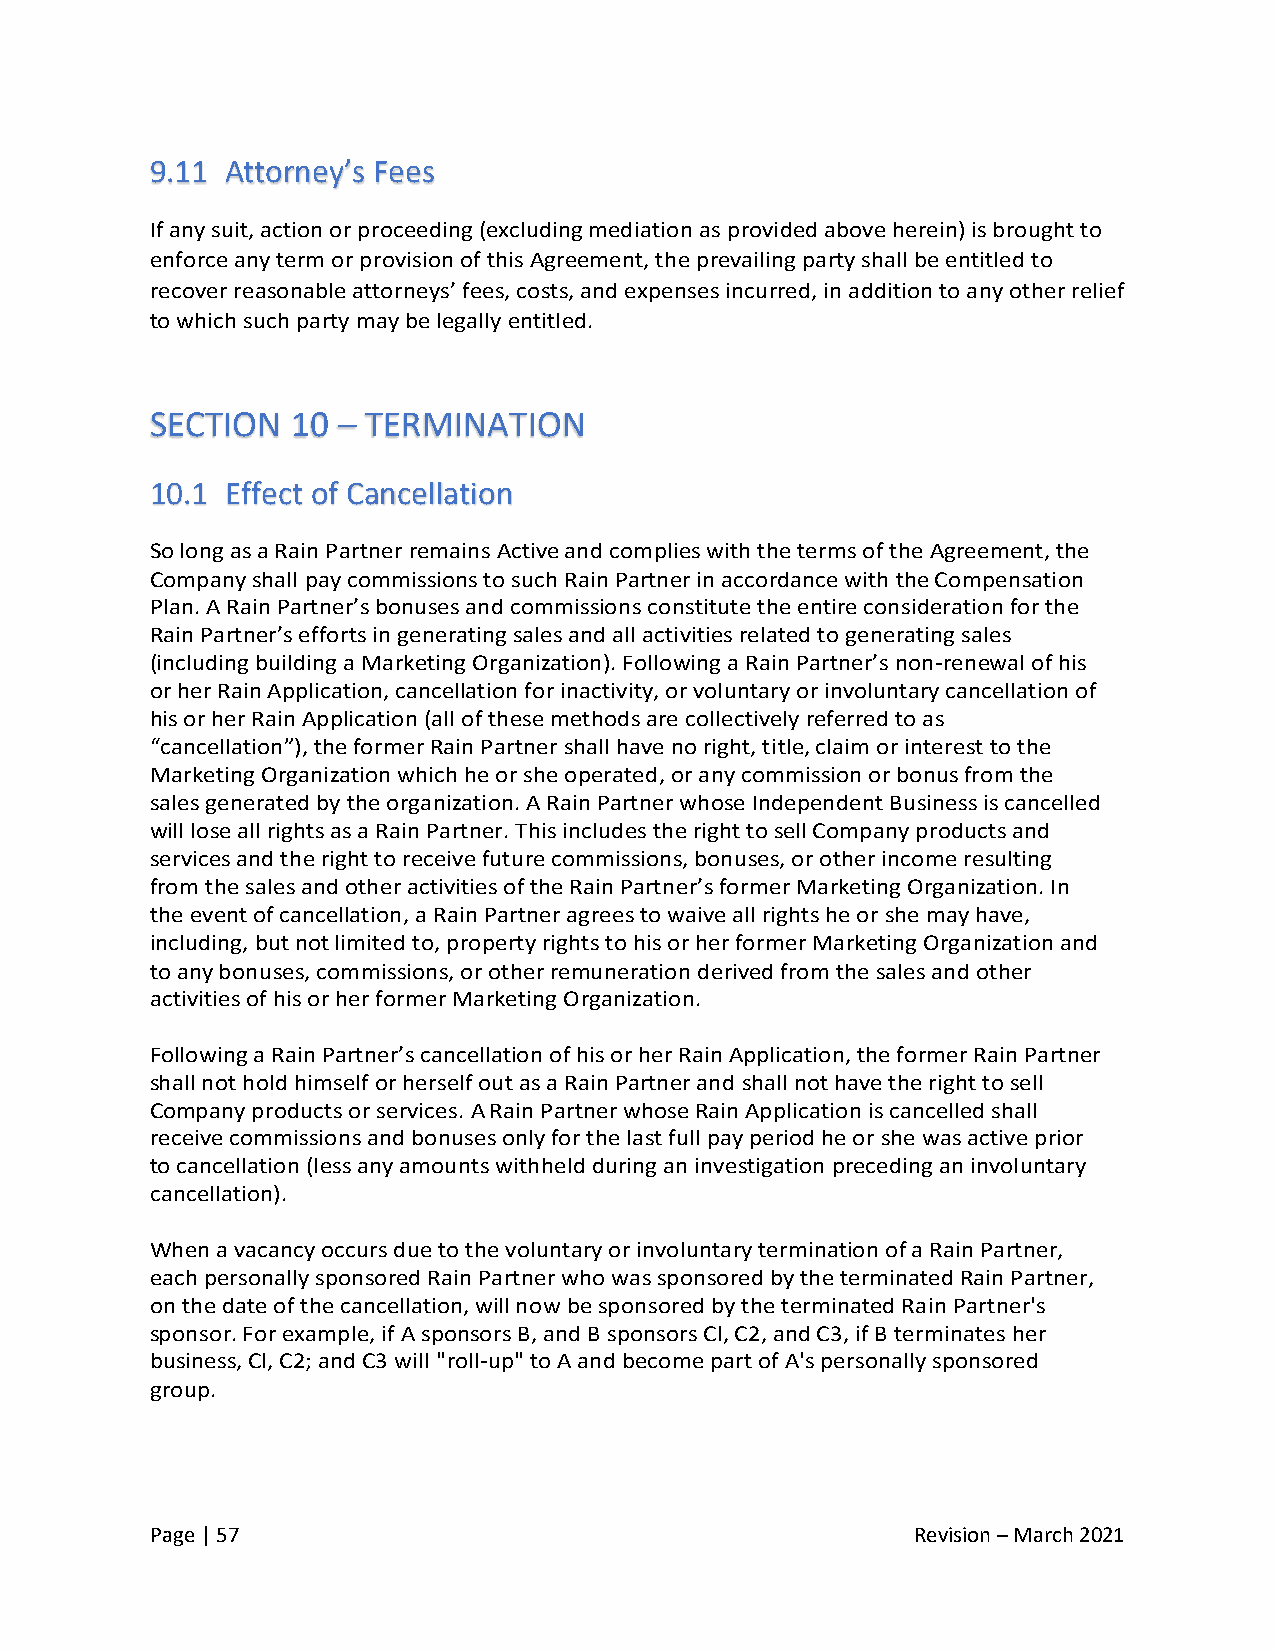
9.11 Attorney’s Fees
 If any suit, action or proceeding (excluding mediation as provided above herein) is brought to
 enforce any term or provision of this Agreement, the prevailing party shall be entitled to
 recover reasonable attorneys’ fees, costs, and expenses incurred, in addition to any other relief
 to which such party may be legally entitled.
 SECTION  10 – TERMINATION
 10.1 Effect of Cancellation
 So long as a Rain Partner remains Active and complies with the terms of the Agreement, the
 Company shall pay commissions to such Rain Partner in accordance with the Compensation
 Plan. A Rain Partner’s bonuses and commissions constitute the entire consideration for the
 Rain Partner’s efforts in generating sales and all activities related to generating sales
 (including building a Marketing Organization). Following a Rain Partner’s non-renewal of his
 or her Rain Application, cancellation for inactivity, or voluntary or involuntary cancellation of
 his or her Rain Application (all of these methods are collectively referred to as
 “cancellation”), the former Rain Partner shall have no right, title, claim or interest to the
 Marketing Organization which he or she operated, or any commission or bonus from the
 sales generated by the organization. A Rain Partner whose Independent Business is cancelled
 will lose all rights as a Rain Partner. This includes the right to sell Company products and
 services and the right to receive future commissions, bonuses, or other income resulting
 from the sales and other activities of the Rain Partner’s former Marketing Organization. In
 the event of cancellation, a Rain Partner agrees to waive all rights he or she may have,
 including, but not limited to, property rights to his or her former Marketing Organization and
 to any bonuses, commissions, or other remuneration derived from the sales and other
 activities of his or her former Marketing Organization.
 Following a Rain Partner’s cancellation of his or her Rain Application, the former Rain Partner
 shall not hold himself or herself out as a Rain Partner and shall not have the right to sell
 Company products or services. A Rain Partner whose Rain Application is cancelled shall
 receive commissions and bonuses only for the last full pay period he or she was active prior
 to cancellation (less any amounts withheld during an investigation preceding an involuntary
 cancellation).
 When a vacancy occurs due to the voluntary or involuntary termination of a Rain Partner,
 each personally sponsored Rain Partner who was sponsored by the terminated Rain Partner,
 on the date of the cancellation, will now be sponsored by the terminated Rain Partner's
 sponsor. For example, if A sponsors B, and B sponsors Cl, C2, and C3, if B terminates her
 business, Cl, C2; and C3 will "roll-up" to A and become part of A's personally sponsored
 group.
 Page | 57                                          Revision – March 2021